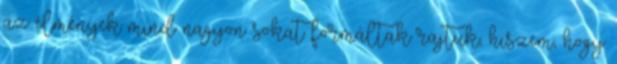
az élmények mind nagyon sokat formáltak rajtuk, hiszem, hogy